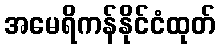
အမေရိကန်နိုင်ငံထုတ်